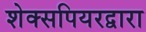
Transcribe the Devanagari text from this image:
शेक्सपियरद्वारा